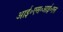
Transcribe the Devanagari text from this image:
आई॰एस॰आई॰एल